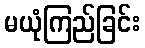
မယုံကြည်ခြင်း